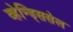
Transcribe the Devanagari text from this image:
व्हेन्ड्सिसेल